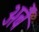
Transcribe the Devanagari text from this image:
अबैं